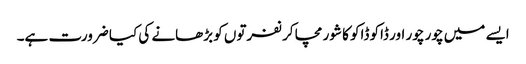
ایسے میں چور چور اور ڈاکو ڈاکو کا شور مچا کر نفرتوں کو بڑھانے کی کیا ضرورت ہے۔